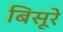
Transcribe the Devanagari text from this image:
बिसूरे